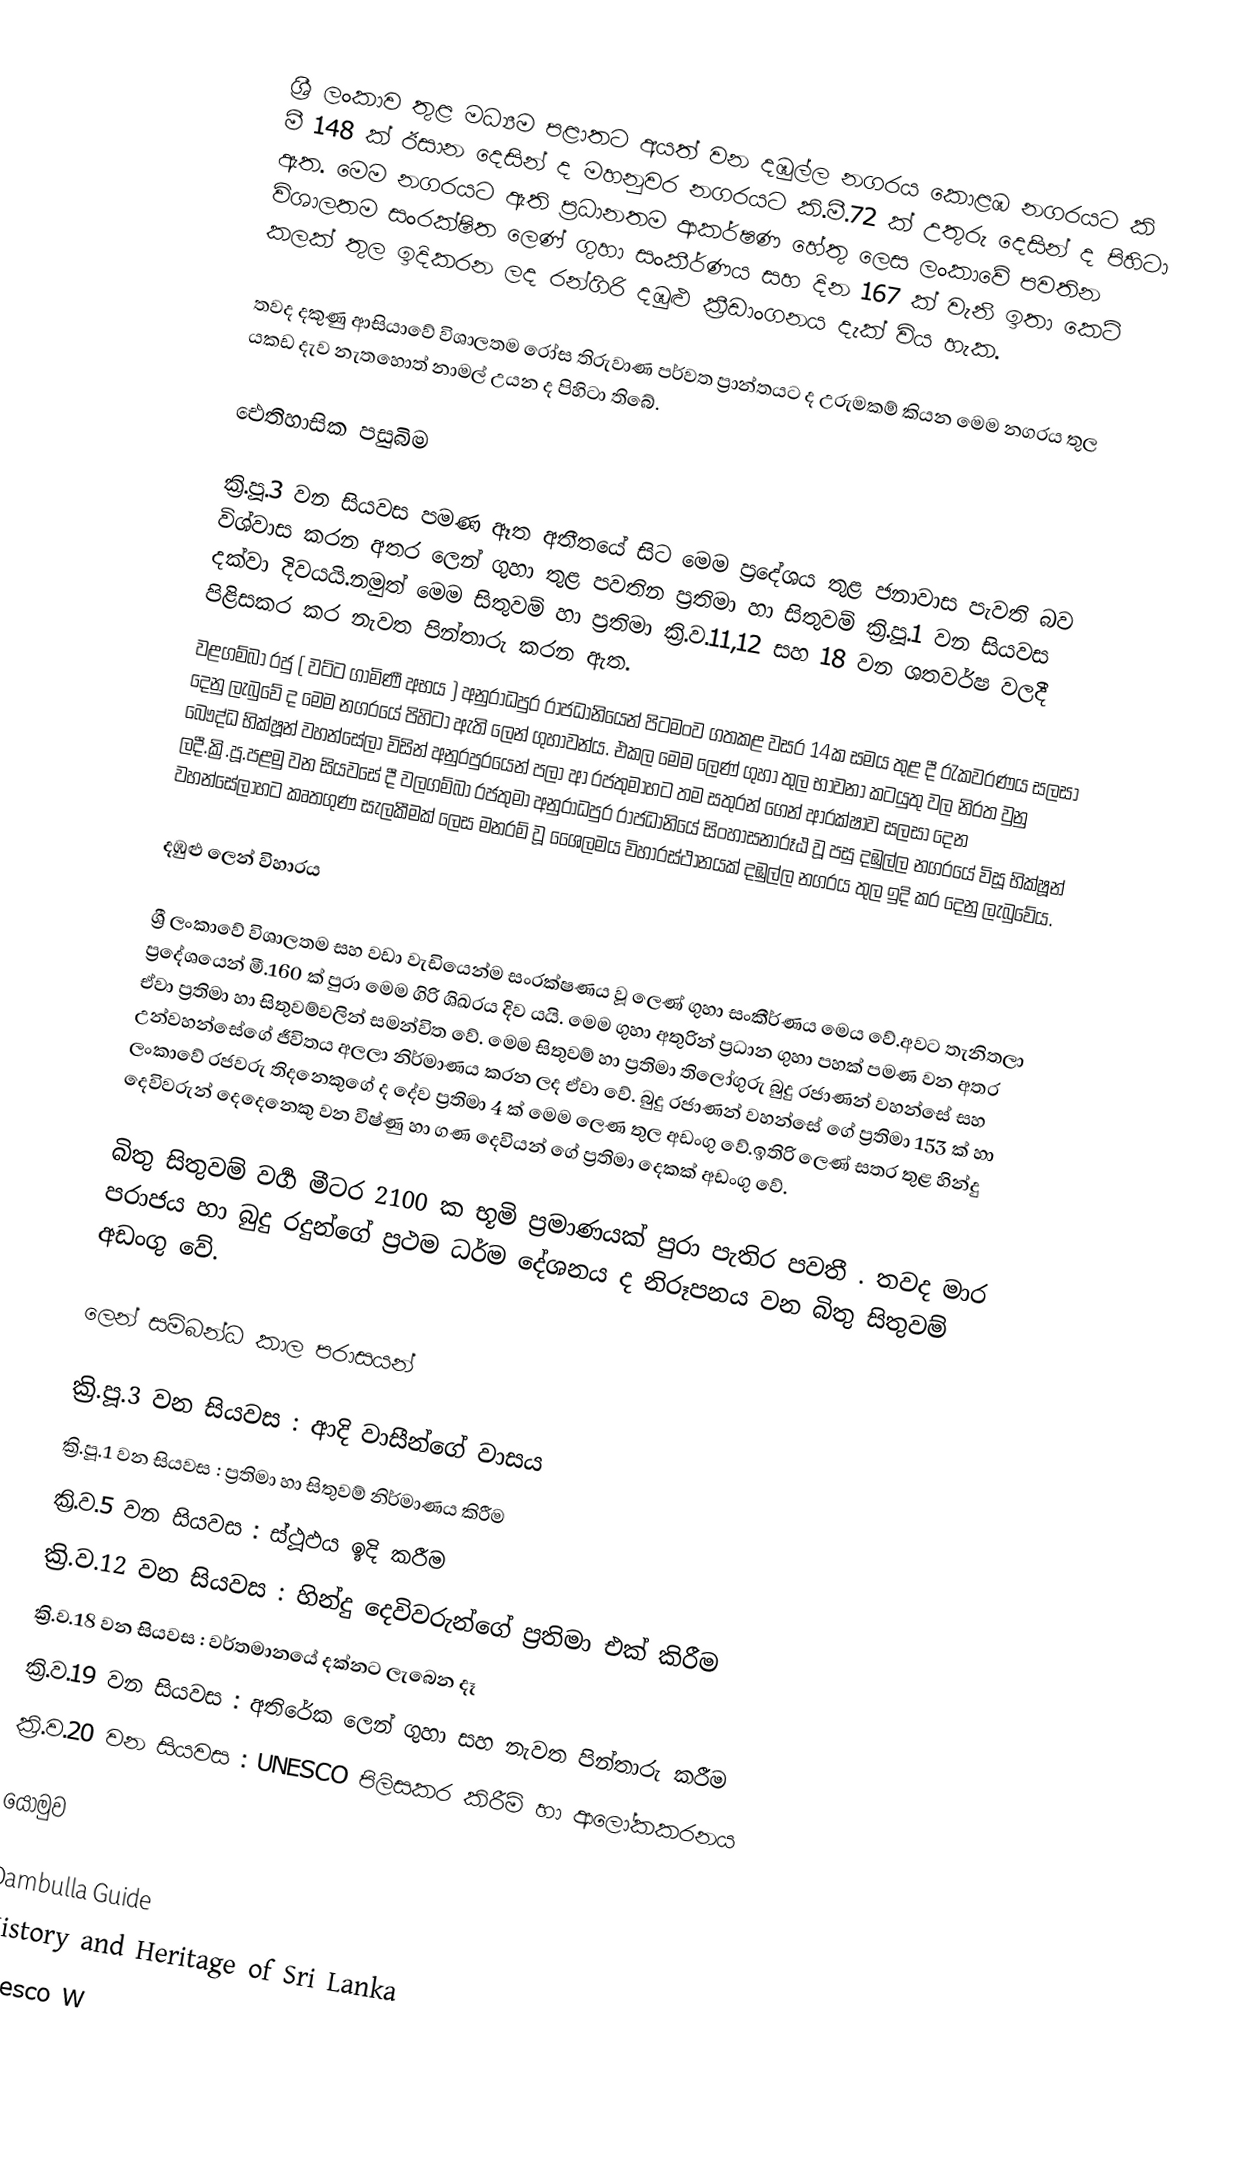
ශ්‍රී ලංකාව තුළ මධ්‍යම පළාතට අයත් වන දඹුල්ල නගරය  කොළඹ නගරයට කි මී 148 ක් ඊසාන දෙසින් ද මහනුවර නගරයට කි.මී.72 ක් ‍උතුරු දෙසින් ද පිහිටා ඇත. මෙම නගරයට ඇති ප්‍රධානතම ආකර්ෂණ හේතු ලෙස ලංකාවේ පවතින විශාලතම සංරක්ෂිත ලෙණ් ගුහා සංකීර්ණය සහ දින 167 ක් වැනි ඉතා කෙටි කලක් තුල ඉදි‍කරන ලද රන්ගිරි දඹුළු ක්‍රීඩාංගනය දැක් විය හැක.

තවද දකුණු ආසියාවේ   විශාලතම රෝස තිරුවාණ පර්වත ප්‍රාන්තයට ද උරුමකම් කියන මෙම නගරය තුල යකඩ දැව නැතහොත් නාමල් උයන ද  පිහිටා තිබේ.

‍ඓතිහාසික පසුබිම

ක්‍රි.පූ.3 වන සියවස පමණ ඈත අතීතයේ සිට මෙම ප්‍රදේශය තුළ ජනාවාස පැවති බව විශ්වාස කරන අතර ලෙන් ගුහා තුළ පවතින ප්‍රතිමා හා සිතුවම් ක්‍රි.පූ.1 වන සියවස දක්වා දිවයයි.නමුත් මෙම සිතුවම් හා ප්‍රතිමා ක්‍රි.ව.11,12 සහ 18 වන ශතවර්ෂ වලදී පිළිසකර කර නැවත පින්තාරු කරන ඇත.
වළගම්බා රජු ( වට්ට ගාමිණී අභය ) අනුරාධපුර රාජධානියෙන් පිටමංව ගතකළ වසර 14ක සමය තුළ දී රැකවරණය සලසා දෙනු ලැබුවේ ද මෙම නගරයේ පිහිටා ඇති ලෙන් ගුහාවන්ය. එකල මෙම ලෙණ් ගුහා තුල භාවනා කටයුතු වල නිරත වුනු බෞද්ධ භික්ෂූන් වහන්සේලා විසින් අනුරපුරයෙන් පලා ආ රජතුමාහට තම සතුරන් ගෙන් ආරක්ෂාව සලසා දෙන ලදී.ක්‍රි.පූ.පළමු වන සියවසේ දී වලගම්බා රජතුමා අනුරාධපුර රාජධානියේ සිංහාසනාරූඨ වූ පසු දඹුල්ල නගරයේ විසූ භික්ෂූන් වහන්සේලාහ‍ට  කෘතගුණ සැලකීමක් ලෙස මනරම් වූ ශෛලමය විහාරස්ථානයක් දඹුල්ල නගරය තුල ඉදි කර දෙනු ලැබුවේය.

දඹුළු ලෙන් විහාරය

ශ්‍රී ලංකාවේ විශාලතම සහ වඩා වැඩියෙන්ම සංරක්ෂණය වූ ලෙණ් ගුහා සංකීර්ණය මෙය වේ.අවට තැනිතලා ප්‍රදේශයෙන් මී.160 ක් පුරා මෙම ගිරි ශිඛරය දිව යයි.  මෙම ගුහා අතුරින් ප්‍රධාන ගුහා පහක් පමණ වන අතර ඒවා ප්‍රතිමා හා සිතුවම්වලින්  සමන්විත වේ. මෙම සිතුවම් හා ප්‍රතිමා තිලෝගුරු බුදු රජාණන් වහන්සේ සහ උන්වහන්සේගේ ජීවිතය අලලා නිර්මාණය කරන ලද ඒවා වේ. බුදු රජාණන් වහන්සේ ගේ ප්‍රතිමා 153 ක් හා ලංකාවේ රජවරු තිදනෙකුගේ ද දේව ප්‍රතිමා 4 ක්   මෙම ලෙණ තුල අඩංගු වේ.ඉතිරි ලෙණ් සතර තුළ හින්දු දෙවිවරුන්  දෙදෙනෙකු  වන විෂ්ණු හා ගණ දෙවියන් ගේ ප්‍රතිමා දෙකක් අඩංගු වේ.

බිතු සිතුවම් වර්‍ග  මීටර 2100 ක භූමි ප්‍රමාණයක් පුරා පැතිර පවතී . තවද මාර පරාජය හා බුදු රදුන්ගේ ප්‍රථම ධර්ම දේශනය ද   නිරූපනය වන බිතු සිතුවම් අඩංගු වේ.

ලෙන් සම්බන්ධ කාල පරාසයන්

 ක්‍රි.පූ.3 වන සියවස    : ආදි වාසීන්ගේ වාසය
 ක්‍රි.පූ.1 වන සියවස    : ප්‍රතිමා හා සිතුවම්  නිර්මාණය කිරීම
 ක්‍රි.ව.5 වන සියවස    : ස්ථූඵය ඉදි කරීම
 ක්‍රි.ව.12 වන සියවස : හින්දු දෙවිවරුන්ගේ ප්‍රතිමා  එක්  කිරීම
 ක්‍රි.ව.18 වන සියවස : වර්තමානයේ දක්නට ලැබෙන දෑ
 ක්‍රි.ව.19 වන සියවස : අතිරේක  ලෙන් ගුහා සහ නැවත පින්තාරු කරීම
 ක්‍රි.ව.20 වන සියවස : UNESCO පිලිසකර කිරීම් හා ආලෝකකරනය

යොමුව

Dambulla Guide
History and Heritage of Sri Lanka
Unesco W